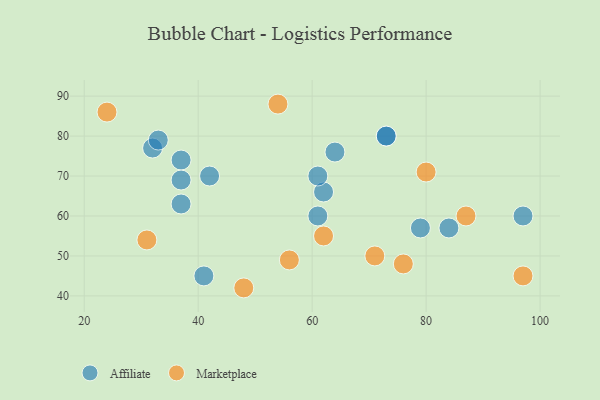
{"axis": {"x": "GDP", "y": "Life Expectancy"}, "legend": ["Affiliate", "Marketplace"], "data": [{"x": "62", "y": 66, "type": "Affiliate"}, {"x": "97", "y": 60, "type": "Affiliate"}, {"x": "84", "y": 57, "type": "Affiliate"}, {"x": "32", "y": 77, "type": "Affiliate"}, {"x": "41", "y": 45, "type": "Affiliate"}, {"x": "64", "y": 76, "type": "Affiliate"}, {"x": "42", "y": 70, "type": "Affiliate"}, {"x": "73", "y": 80, "type": "Affiliate"}, {"x": "61", "y": 60, "type": "Affiliate"}, {"x": "73", "y": 80, "type": "Affiliate"}, {"x": "37", "y": 63, "type": "Affiliate"}, {"x": "37", "y": 74, "type": "Affiliate"}, {"x": "79", "y": 57, "type": "Affiliate"}, {"x": "33", "y": 79, "type": "Affiliate"}, {"x": "37", "y": 69, "type": "Affiliate"}, {"x": "61", "y": 70, "type": "Affiliate"}, {"x": "31", "y": 54, "type": "Marketplace"}, {"x": "76", "y": 48, "type": "Marketplace"}, {"x": "80", "y": 71, "type": "Marketplace"}, {"x": "54", "y": 88, "type": "Marketplace"}, {"x": "71", "y": 50, "type": "Marketplace"}, {"x": "24", "y": 86, "type": "Marketplace"}, {"x": "48", "y": 42, "type": "Marketplace"}, {"x": "62", "y": 55, "type": "Marketplace"}, {"x": "97", "y": 45, "type": "Marketplace"}, {"x": "56", "y": 49, "type": "Marketplace"}, {"x": "87", "y": 60, "type": "Marketplace"}]}